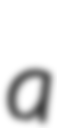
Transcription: a